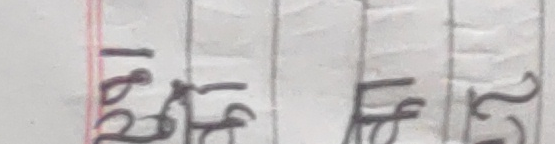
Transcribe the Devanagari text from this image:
२६। १५। ११ । २२